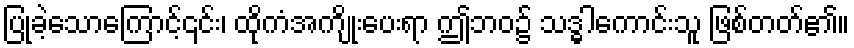
ပြုခဲ့သောကြောင့်၎င်း၊ ထိုကံအကျိုးပေးရာ ဤဘဝ၌ သဒ္ဓါကောင်းသူ ဖြစ်တတ်၏။